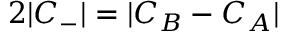
2 | C _ { - } | = | C _ { B } - C _ { A } |